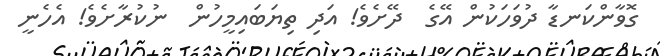
ގޮވާންކަނޑާ ދުވަހަކުން އޭގެ  ދޭށެވެ! އަދި ތިޔަބައިމީހުން  ނުކުރާށެވެ! އެހެނީ